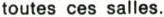
toutes ces salles.